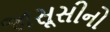
જાસૂસીનો